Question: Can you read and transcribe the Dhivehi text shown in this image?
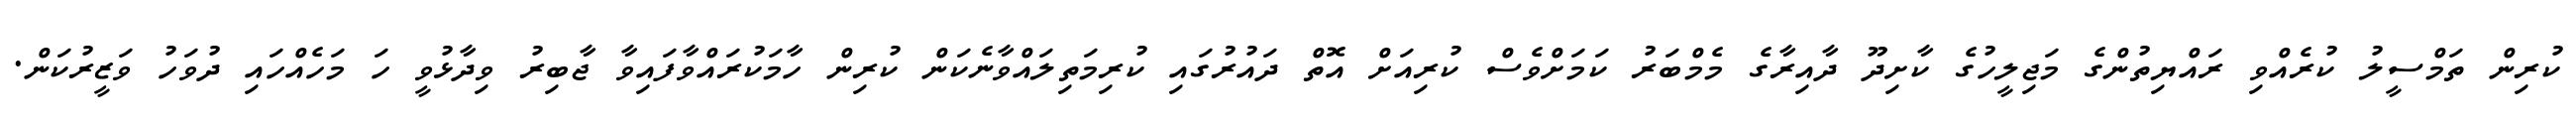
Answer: ކުރިން ތަމްސީލު ކުރެއްވި ރައްޔިތުންގެ މަޖިލީހުގެ ކާށިދޫ ދާއިރާގެ މެމްބަރު ކަމަށްވެސް ކުރިއަށް އޮތް ދައުރުގައި ކުރިމަތިލައްވާނެކަން ކުރިން ހާމަކުރައްވާފައިވާ ޖާބިރު ވިދާޅުވީ ހަ މަހެއްހައި ދުވަހު ވަޒީރުކަން.